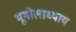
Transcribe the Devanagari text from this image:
भूगोलाध्याय